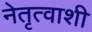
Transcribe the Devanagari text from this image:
नेतृत्वाशी